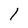
Character: 1